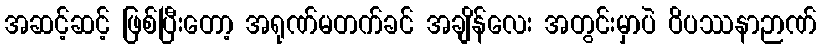
အဆင့်ဆင့် ဖြစ်ပြီးတော့ အရုဏ်မတက်ခင် အချိန်လေး အတွင်းမှာပဲ ဝိပဿနာဉာဏ်